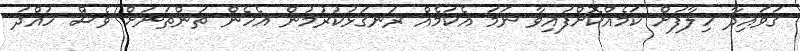
ގަވައިދާ ހިލާފަށް ކަމެއްކޮށްފައިވާ ނަމަ އެކަމެއް ރަނގަޅުކުރުމުން އެހެން ތަންތަނަށް ވެސް ހުއްދަ